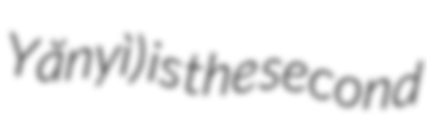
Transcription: Yănyì) is the second